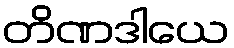
တိဏဒါယေ